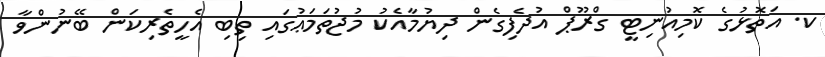
ކ. އަތޮޅުގެ ކޮމިއުނިޓީ ގްރޫޕް އުދެފިގެން ދިޔުމާއެކު މުޖުތަމަޢުގައި ތިބި އެހީތެރިކަން ބޭނުންވާ